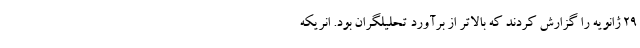
۲۹ ژانویه را گزارش کردند که بالاتر از برآورد تحلیلگران بود. انریکه